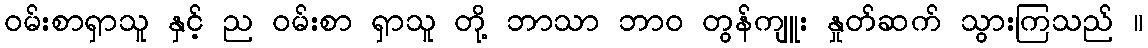
ဝမ်းစာရှာသူ နှင့် ည ဝမ်းစာ ရှာသူ တို့ ဘာသာ ဘာဝ တွန်ကျူး နှုတ်ဆက် သွားကြသည် ။